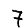
Digit: 7